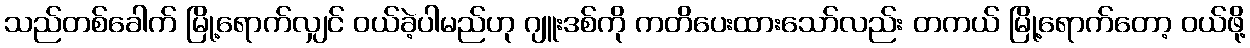
သည်တစ်ခေါက် မြို့ရောက်လျှင် ဝယ်ခဲ့ပါမည်ဟု ဂျူးဒစ်ကို ကတိပေးထားသော်လည်း တကယ် မြို့ရောက်တော့ ဝယ်ဖို့